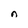
Character: n